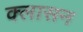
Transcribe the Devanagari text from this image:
क्लासन